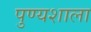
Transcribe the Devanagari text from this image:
पुण्यशाला